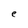
Character: e